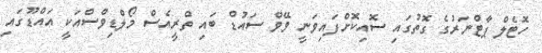
ހޮޓެލް ޕާޓްނަރުގެ ގޮތުގައި ސޮއިކޮށްފައިވަނީ ވޭވް ސައުޑް ބައި ތްރީއެސް މޯލްޑިވްސްއަކީ އައްޑޫގައި